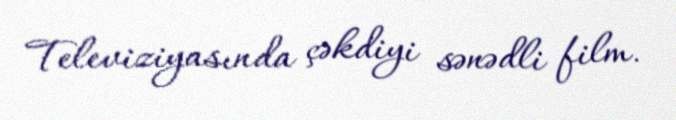
Televiziyasında çəkdiyi sənədli film.